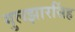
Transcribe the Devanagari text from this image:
गुलझारसिंह